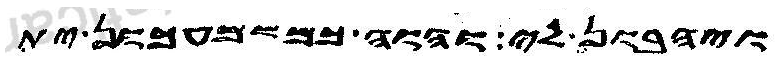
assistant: ויהבון לי והוה כמשמעכון ית